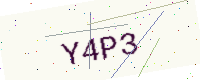
Text: Y4P3